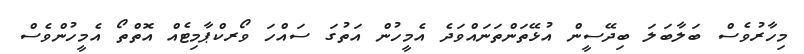
މިހާރުވެސް ބަލާބަލަ ބިދޭސީން އުޅޭތަންތަނައްވަދެ އެމީހުން އަތުގަ ސައްހަ ވޯރކްޕާމިޓެއް އޮތްތޯ އެމީހުންވެސް